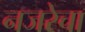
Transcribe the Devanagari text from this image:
नजरेचा